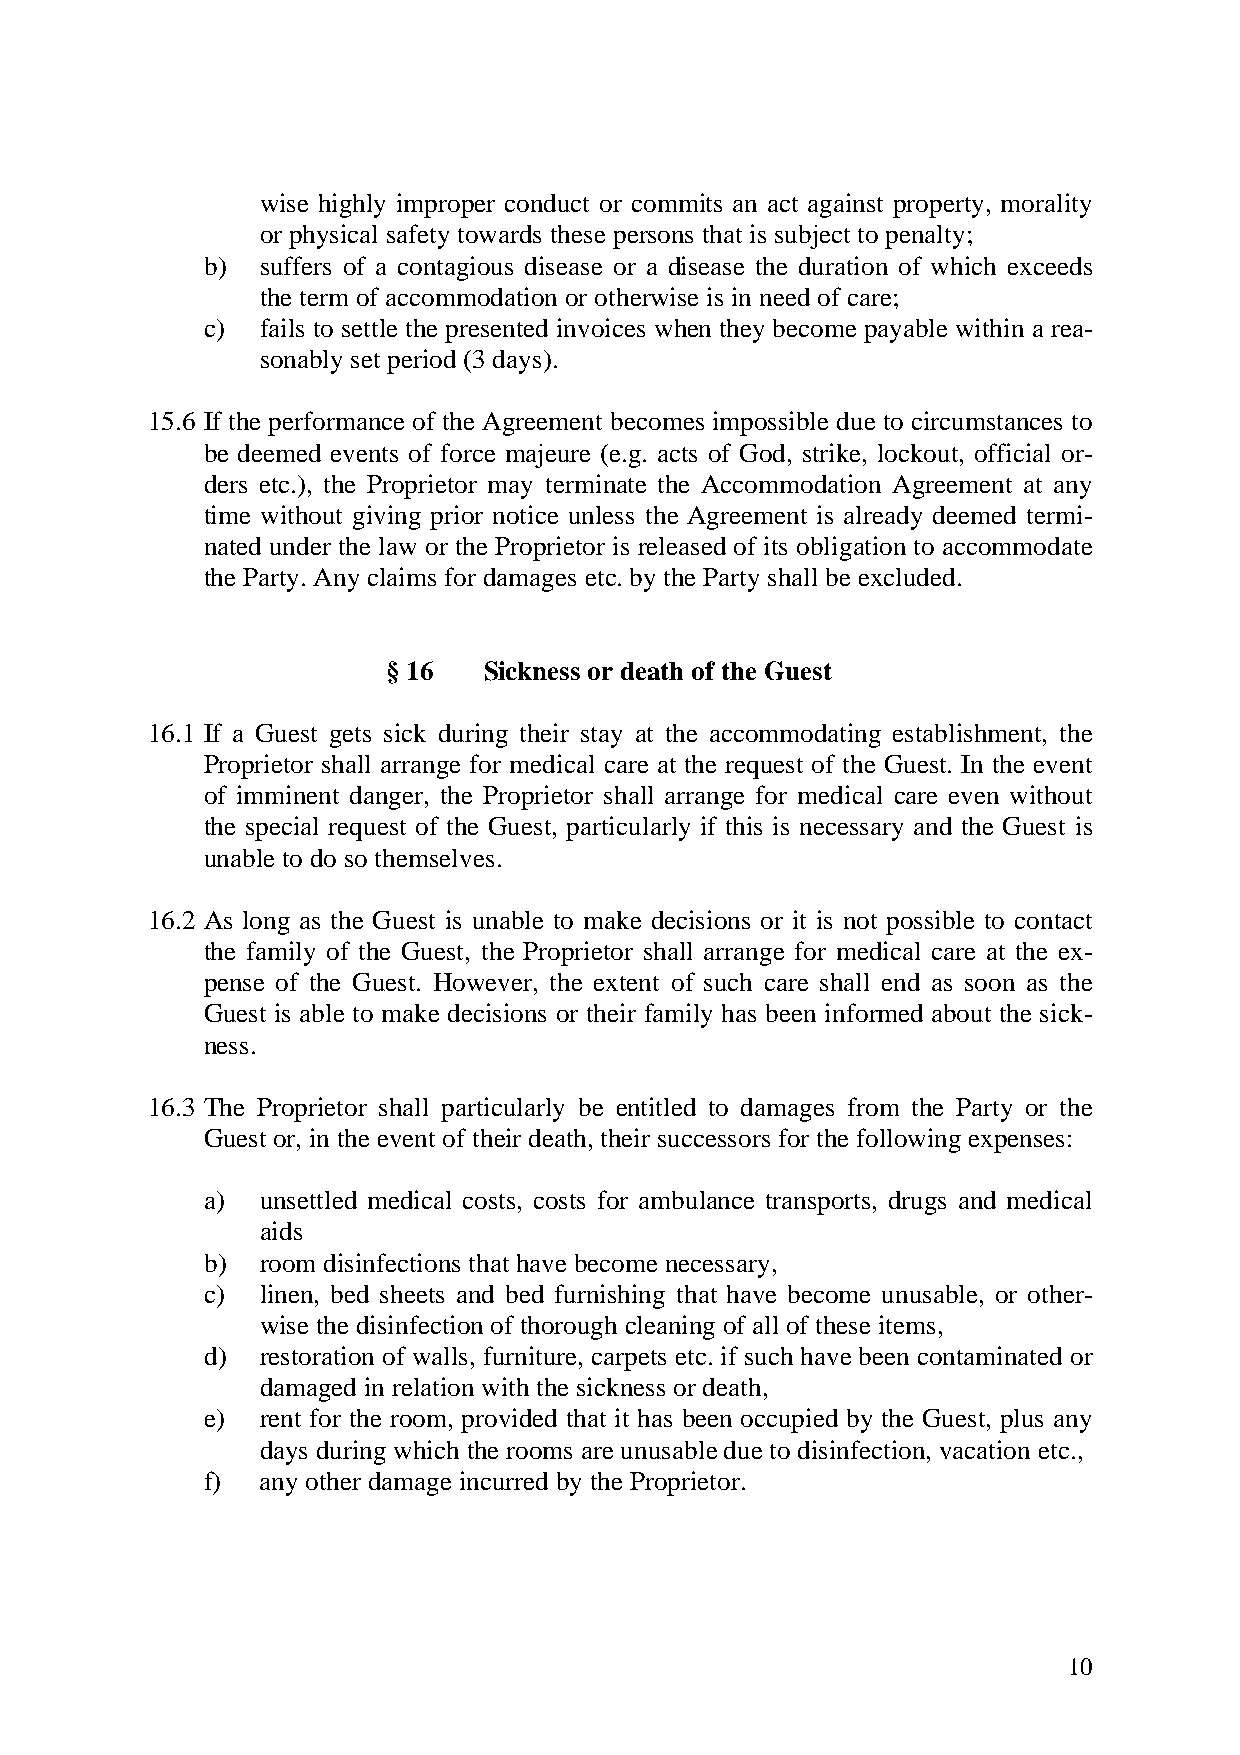
wise highly improper conduct or commits an act against property, morality
 or physical safety towards these persons that is subject to penalty;
 b)  suffers of a contagious disease or a disease the duration of which exceeds
 the term of accommodation or otherwise is in need of care;
 c)  fails to settle the presented invoices when they become payable within a rea-
 sonably set period (3 days).
 15.6 If the performance of the Agreement becomes impossible due to circumstances to
 be deemed events of force majeure (e.g. acts of God, strike, lockout, official or-
 ders etc.), the Proprietor may terminate the Accommodation Agreement at any
 time without giving prior notice unless the Agreement is already deemed termi-
 nated under the law or the Proprietor is released of its obligation to accommodate
 the Party. Any claims for damages etc. by the Party shall be excluded.
 § 16  Sickness or death of the Guest
 16.1 If a Guest gets sick during their stay at the accommodating establishment, the
 Proprietor shall arrange for medical care at the request of the Guest. In the event
 of imminent danger, the Proprietor shall arrange for medical care even without
 the special request of the Guest, particularly if this is necessary and the Guest is
 unable to do so themselves.
 16.2 As long as the Guest is unable to make decisions or it is not possible to contact
 the family of the Guest, the Proprietor shall arrange for medical care at the ex-
 pense of the Guest. However, the extent of such care shall end as soon as the
 Guest is able to make decisions or their family has been informed about the sick-
 ness.
 16.3 The Proprietor shall particularly be entitled to damages from the Party or the
 Guest or, in the event of their death, their successors for the following expenses:
 a)  unsettled medical costs, costs for ambulance transports, drugs and medical
 aids
 b)  room disinfections that have become necessary,
 c)  linen, bed sheets and bed furnishing that have become unusable, or other-
 wise the disinfection of thorough cleaning of all of these items,
 d)  restoration of walls, furniture, carpets etc. if such have been contaminated or
 damaged in relation with the sickness or death,
 e)  rent for the room, provided that it has been occupied by the Guest, plus any
 days during which the rooms are unusable due to disinfection, vacation etc.,
 f)  any other damage incurred by the Proprietor.
 10